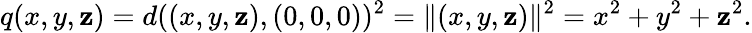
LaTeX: q(x,y,\mathbf{z})=d((x,y,\mathbf{z}),(0,0,0))^{2}=\| (x,y,\mathbf{z})\| ^{2}=x^{2}+y^{2}+\mathbf{z}^{2}.